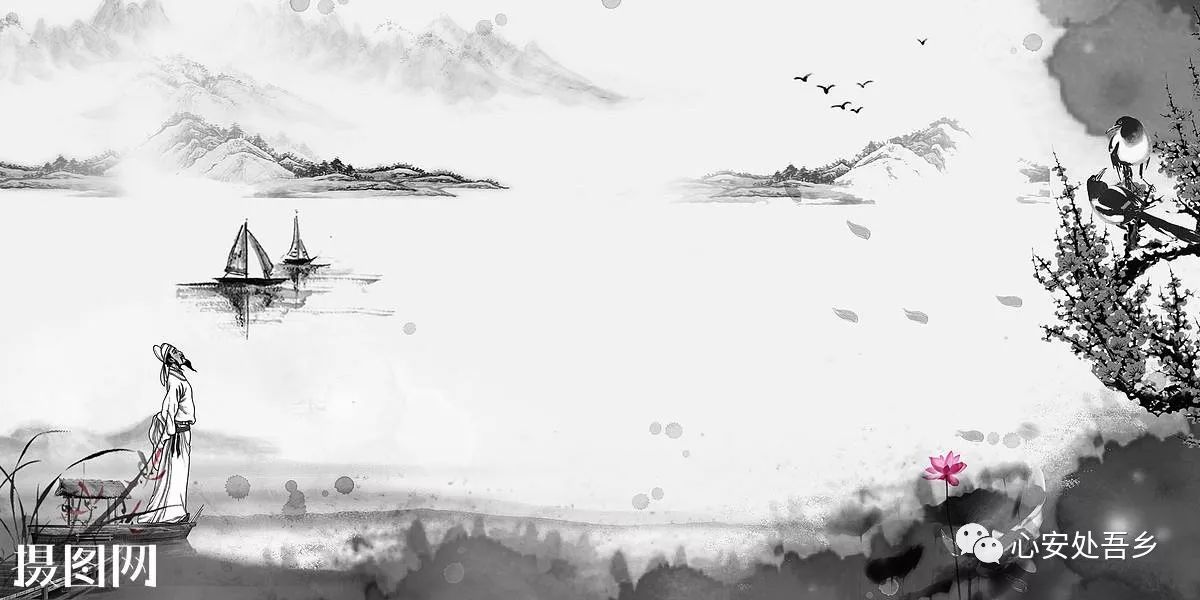
中夜四五叹，常为大国忧。